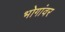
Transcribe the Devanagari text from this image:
भोगांवर